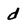
Character: d